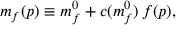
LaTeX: m _ { f } ( p ) \equiv m _ { f } ^ { 0 } + c ( m _ { f } ^ { 0 } ) \, f ( p ) ,